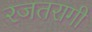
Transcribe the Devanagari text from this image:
रजतरागी